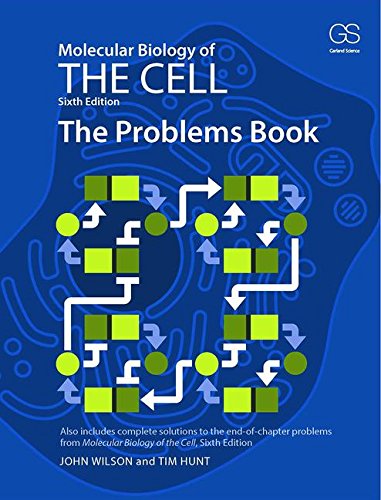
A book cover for Molecular Biology of the Cell 6E - The Problems Book; John Wilson; Engineering & Transportation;